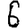
Digit: 6